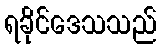
ရခိုင်ဒေသသည်